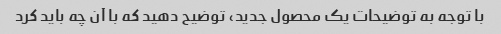
با توجه به توضیحات یک محصول جدید، توضیح دهید که با آن چه باید کرد